Vaccination North-Western Provinces 1866-1877 - 1866-1877
Year: 1866
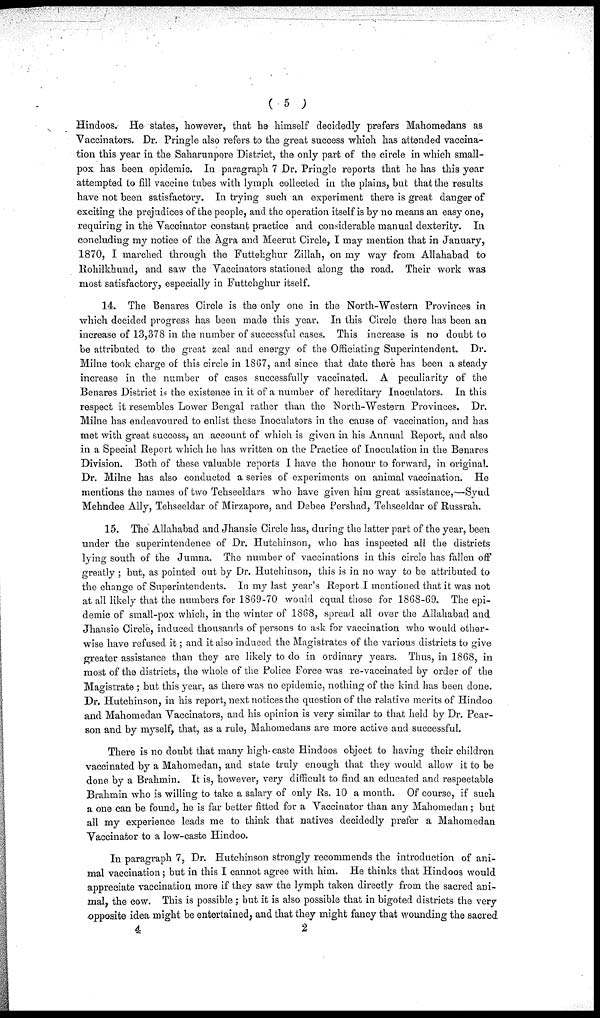
( 5 )
Hindoos. He states, however, that he himself decidedly prefers Mahomedans as
Vaccinators. Dr. Pringle also refers to the great success which has attended vaccina-
tion this year in the Saharunpore District, the only part of the circle in which small-
pox has been epidemic. In paragraph 7 Dr. Pringle reports that he has this year
attempted to fill vaccine tubes with lymph collected in the plains, but that the results
have not been satisfactory. In trying such an experiment there is great danger of
exciting the prejudices of the people, and the operation itself is by no means an easy one,
requiring in the Vaccinator constant practice and considerable manual dexterity. In
concluding my notice of the Agra and Meerut Circle, I may mention that in January,
1870, I marched through the Futtehghur Zillah, on my way from Allahabad to
Rohilkhund, and saw the Vaccinators stationed along the road. Their work was
most satisfactory, especially in Futtehghur itself.
14. The Benares Circle is the only one in the North-Western Provinces in
which decided progress has been made this year. In this Circle there has been an
increase of 13,378 in the number of successful cases. This increase is no doubt to
be attributed to the great zeal and energy of the Officiating Superintendent. Dr.
Milne took charge of this circle in 18G7, and since that date there has been a steady
increase in the number of cases successfully vaccinated. A peculiarity of the
Benares District is the existence in it of a number of hereditary Inoculators. In this
respect it resembles Lower Bengal rather than the North-Western Provinces. Dr.
Milne has endeavoured to enlist these Inoculators in the cause of vaccination, and has
met with great success, an account of which is given in his Annual Report, and also
in a Special Report which he has written on the Practice of Inoculation in the Benares
Division. Both of these valuable reports I have the honour to forward, in original.
Dr. Milne has also conducted a series of experiments on animal vaccination. He
mentions the names of two Tehseeldars who have given him great assistance,—Syud
Mehndee Ally, Tehseeldar of Mirzapore, and Debee Pershad, Tehseeldar of Russrah.
15. The Allahabad and Jhansie Circle has, during the latter part of the year, been
under the superintendence of Dr. Hutchinson, who has inspected all the districts
lying south of the Jumna. The number of vaccinations in this circle has fallen off
greatly; but, as pointed out by Dr. Hutchinson, this is in no way to be attributed to
the change of Superintendents. In my last year's Report I mentioned that it was not
at all likely that the numbers for 1869-70 would equal those for 1868-69. The epi-
demic of small-pox which, in the winter of 1868, spread all over the Allahabad and
Jhansie Circle, induced thousands of persons to ask for vaccination who would other-
wise have refused it; and it also induced the Magistrates of the various districts to give
greater assistance than they are likely to do in ordinary years. Thus, in 1868, in
most of the districts, the whole of the Police Force was re-vaccinated by order of the
Magistrate ; but this year, as there was no epidemic, nothing of the kind has been done.
Dr. Hutchinson, in his report, next notices the question of the relative merits of Hindoo
and Mahomedan Vaccinators, and his opinion is very similar to that held by Dr. Pear-
son and by myself, that, as a rule, Mahomedans are more active and successful.
There is no doubt that many high- caste Hindoos object to having their children
vaccinated by a Mahomedan, and state truly enough that they would allow it to be
done by a Brahmin. It is, however, very difficult to find an educated and respectable
Brahmin who is willing to take a salary of only Rs. 10 a month. Of course, if such
a one can be found, he is far better fitted for a Vaccinator than any Mahomedan; but
all my experience leads me to think that natives decidedly prefer a Mahomedan
Vaccinator to a low-caste Hindoo.
In paragraph 7, Dr. Hutchinson strongly recommends the introduction of ani-
mal vaccination; but in this I cannot agree with him. He thinks that Hindoos would
appreciate vaccination more if they saw the lymph taken directly from the sacred ani-
mal, the cow. This is possible ; but it is also possible that in bigoted districts the very
opposite idea might be entertained, and that they might fancy that wounding the sacred
4
2